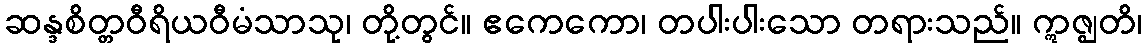
ဆန္ဒစိတ္တဝီရိယဝီမံသာသု၊ တို့တွင်။ ဧကေကော၊ တပါးပါးသော တရားသည်။ ဣဇ္ဈတိ၊